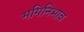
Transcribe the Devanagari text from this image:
भगिनिभाव